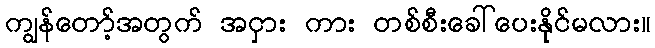
ကျွန်တော့်အတွက် အငှား ကား တစ်စီးခေါ်ပေးနိုင်မလား။